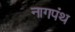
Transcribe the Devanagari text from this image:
नागपंथ